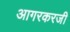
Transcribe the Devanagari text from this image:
आगरकरजी